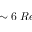
\sim 6 ~ R e